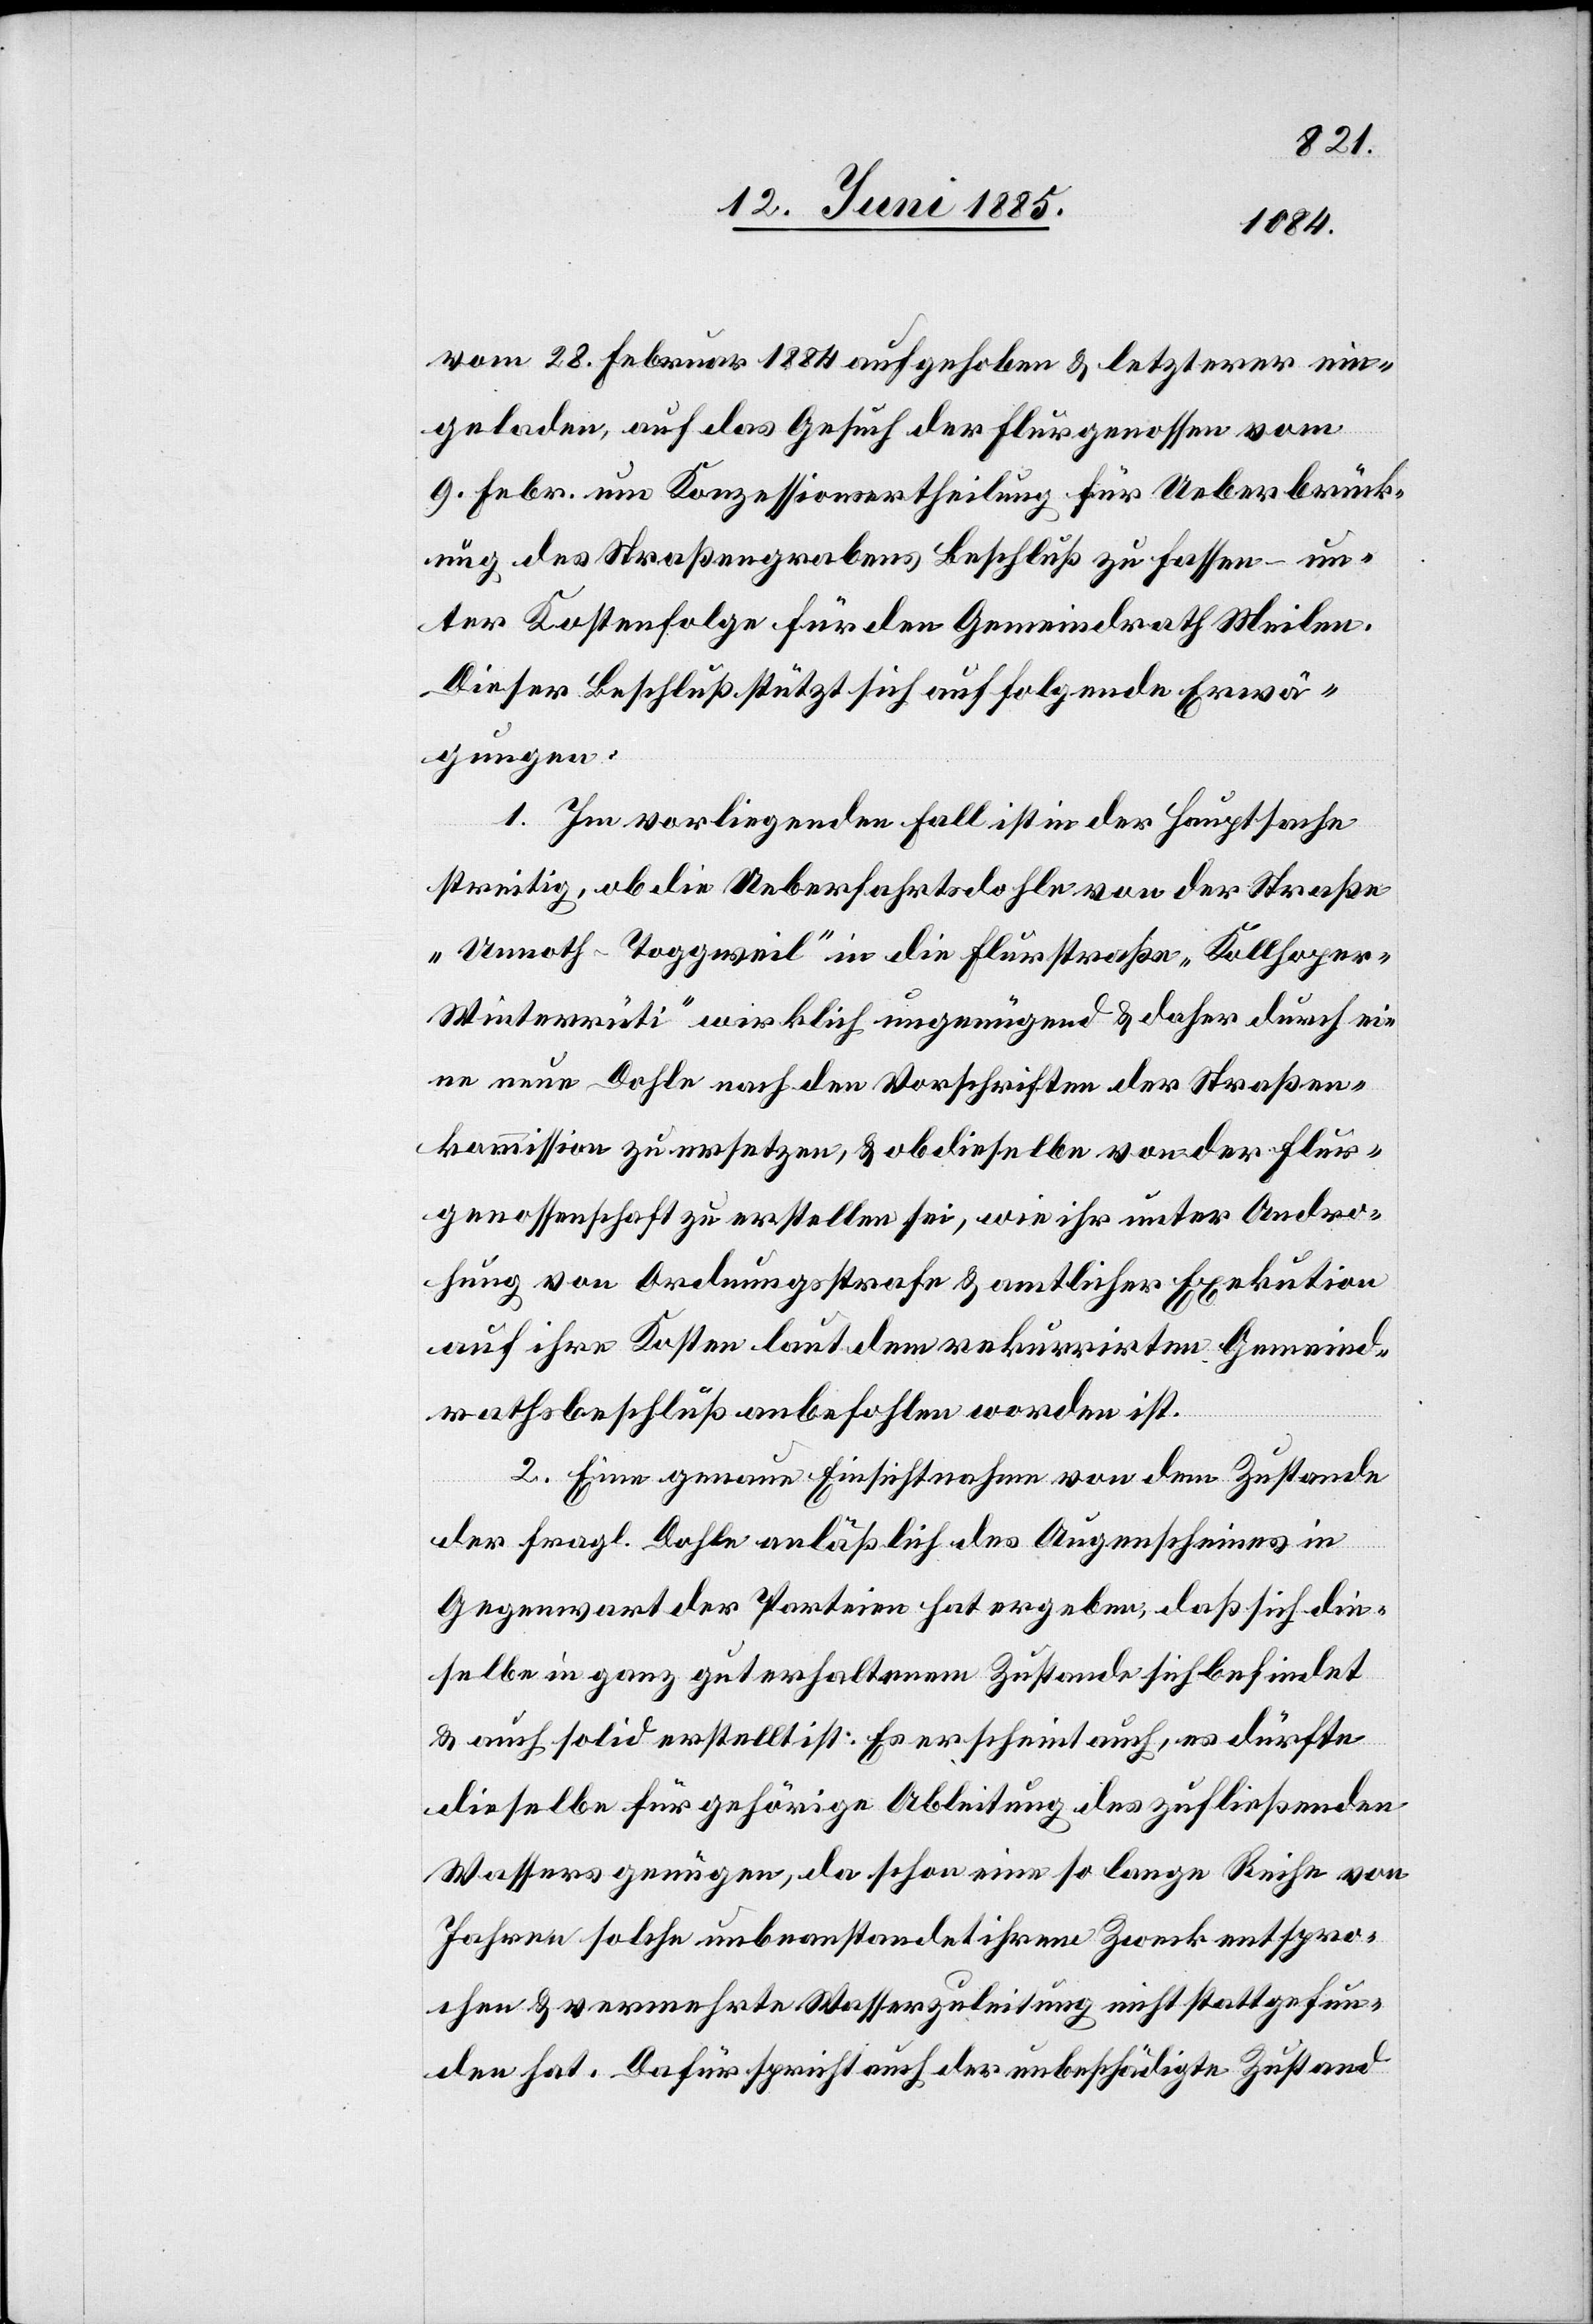
vom 28. Februar 1884 aufgehoben & letzterer ein¬
geladen, auf das Gesuch der Flurgenossen vom
9. Febr. um Konzessionsertheilung für Ueberbrück¬
ung des Straßengrabens Beschluß zu fassen – un¬
ter Kostenfolge für den Gemeindrath Meilen.
Dieser Beschluß stützt sich auf folgende Erwä¬
gungen:
1. Im vorliegenden Fall ist in der Hauptsache
streitig, ob die Ueberfahrtsdohle [sic!] von der Straße
„Unnoth–Toggweil“ in die Flurstraße „Kollhope¬
r–Winterrüti“ wirklich ungenügend & daher durch ei¬
ne neue Dohle nach den Vorschriften der Straßen¬
kommission zu ersetzen, & ob dieselbe von der Flur¬
genossenschaft zu erstellen sei, wie ihr unter Andro¬
hung von Ordnungsstrafe & amthlicher Exekution
auf ihre Kosten laut dem rekurrirten Gemeind¬
rathsbeschluß anbefohlen worden ist.
2. Eine genaue Einsichtnahme von dem Zustande
der fragl. Dohle anläßlich des Augenscheines in
Gegenwart der Parteien hat ergeben, daß sich die¬
selbe in ganz gut erhaltenem Zustande sich befindet
& auch solid erstellt ist. Es erscheint auch, es dürfte
dieselbe für gehörige Ableitung des zufließenden
Wassers genügen, da schon eine so lange Reihe von
Jahren solche unbeanstandet ihrem Zweck entspro¬
chen & vermehrte Wasserzuleitung nicht stattgefun¬
den hat. Dafür spricht auch der unbeschädigte Zustand